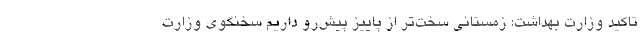
تاکید وزارت بهداشت: زمستانی سخت‌تر از پاییز پیش‌رو داریم سخنگوی وزارت